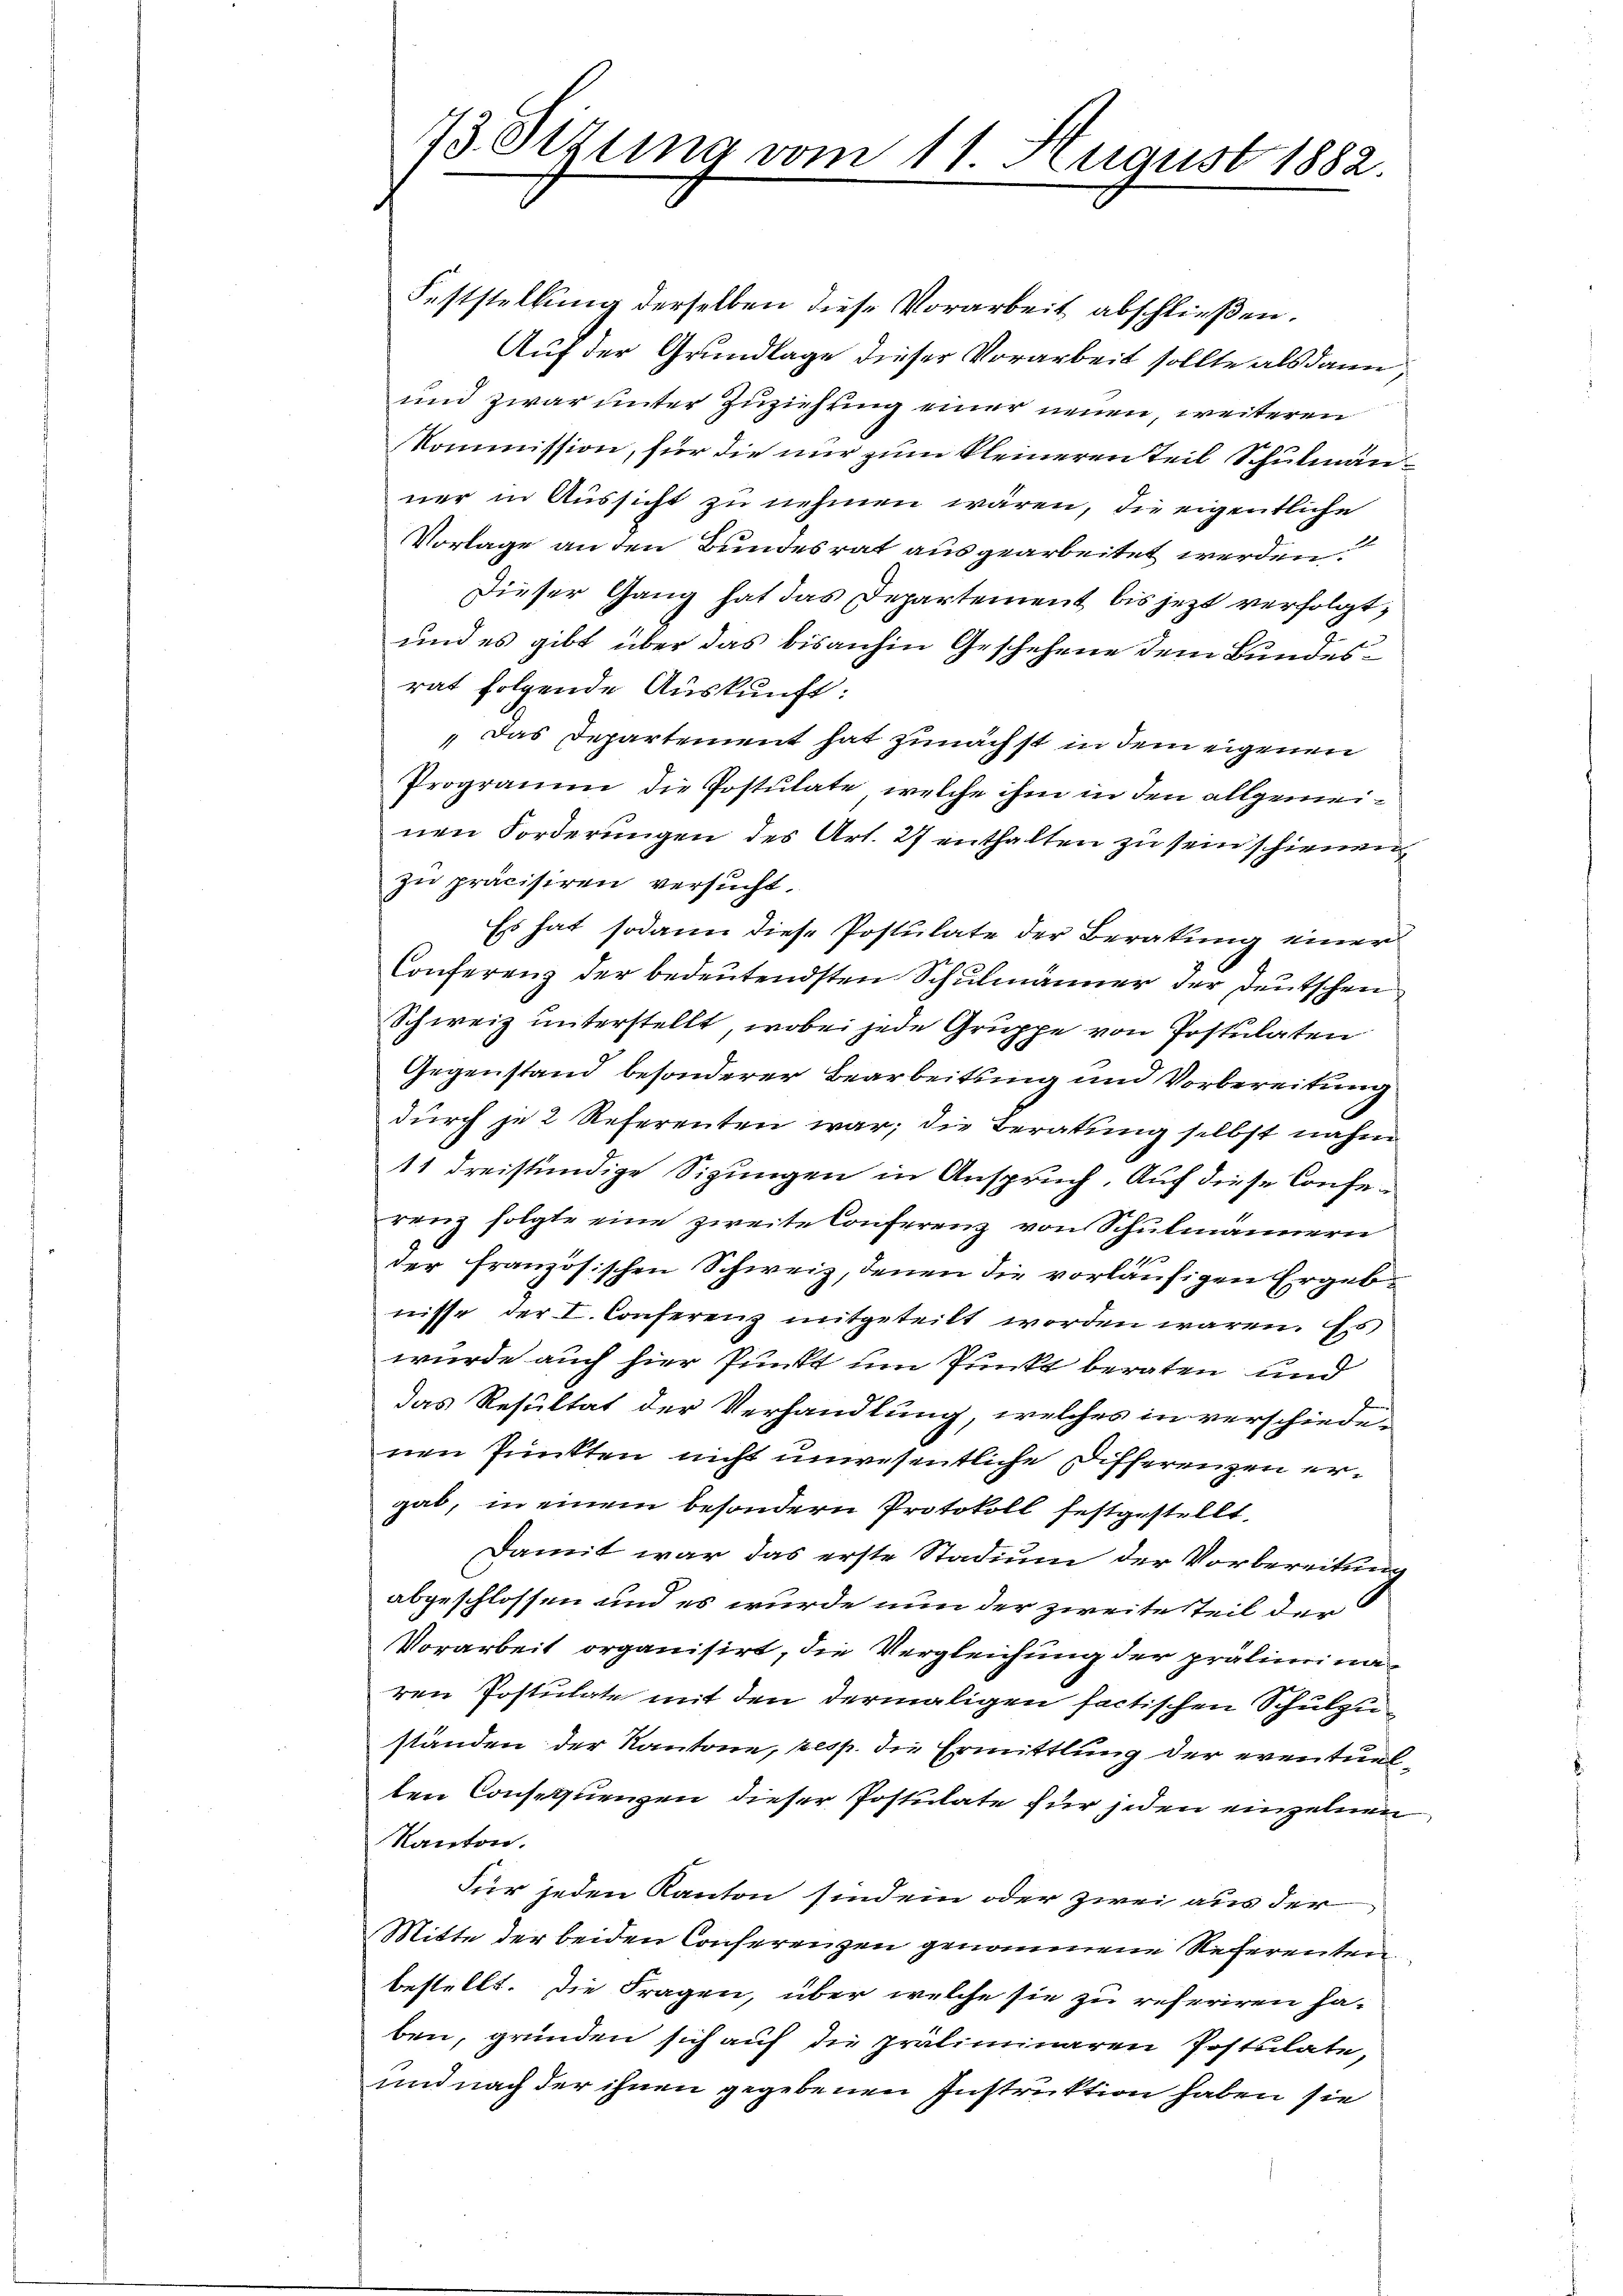
13. Situng vom 11. August 1882.

Feststellung derselben diese Vorarbeit abschließen.
Auf der Grundlage dieser Vorarbeit sollte als dann
und zwar unter Zuziehung einer neuen, weiteren
Kommission, für die nur zum kleineren Teil Schulmanner in Aussicht zu nehmen wären, die eigentliche
Vorlage an den Bundesrat ausgearbeitet werden.
Dieser Gang hat das Departement bis jetzt verfolgt,
und es gibt über das bisanhin Geschehene dem Bundesrat folgende Auskunft:
„Das Departement hat zunächst in dem eigenen
Programm die Postulate, welche ihm in den allgemeinen Forderungen des Art. 27 enthalten zu sein schienen,
zu präcisiren versucht.
Es hat sodann diese Postulate der Beratung einer
Conferenz der bedeutendsten Schulmänner der Deutschen
Schweiz unterstellt, wobei jede Gruppe von Postulaten
Gegenstand besonderer Bearbeitung und Vorbereitung
durch je 2 Referenten war; die Beratung selbst nahm
11 dreistündige Sizungen in Anspruch. Auf diese Conferenz folgte eine zweite Conferenz von Schulmännern
1
der französischen Schweiz, denen die vorläufigen Ergebnisse der I. Conferenz mitgeteilt worden wären. Es
wurde auch hier Punkt um Punkt beraten und
s
das Resultat der Verhandlung, welches in verschiede-
nen Punkten nicht unwesentliche Differenzen ergab, in einem besondern Protokoll festgestellt,
Damit war das erste Stadium der Vorbereitung
abgeschlossen und es wurde nun der zweite Teil der
Vorarbeit organisirt, die Vergleichung der präliminaren Postulate mit den dermaligen factischen Schulzuständen der Kantone, resp. die Ermittlung der eventuelten Consequenzen dieser Postulate für jeden einzelnen
Kanton.
Für jeden Kanton sind ein oder zwei aus der
Mitte der beiden Conferenzen genommene Referenten
bestellt. Die Fragen, über welche sie zu referiren ha-
ben, gründen sich auf die präliminaren Postulate,
und nach der ihnen gegebenen Instruktion haben sie